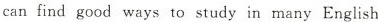
can find good ways to study in many English